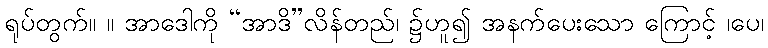
ရုပ်တွက်။ ။ အာဒေါကို “အာဒိ”လိန်တည်၊ ၌ဟူ၍ အနက်ပေးသော ကြောင့် ၊ပေ၊